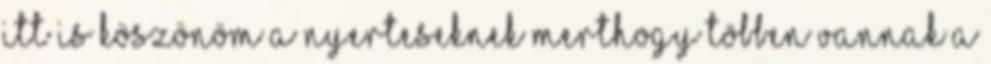
Itt is köszönöm a nyerteseknek merthogy többen vannak a